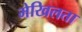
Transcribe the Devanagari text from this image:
मेखिलता